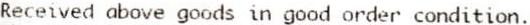
RECEIVED ABOVE GOODS IN GOOD ORDER CONDITION.